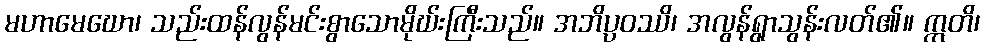
မဟာမေဃော၊ သည်းထန်လွန်မင်းစွာသောမိုဃ်းကြီးသည်။ အဘိပ္ပဝဿိ၊ အလွန်ရွာသွန်းလတ်၏။ ဣတိ၊